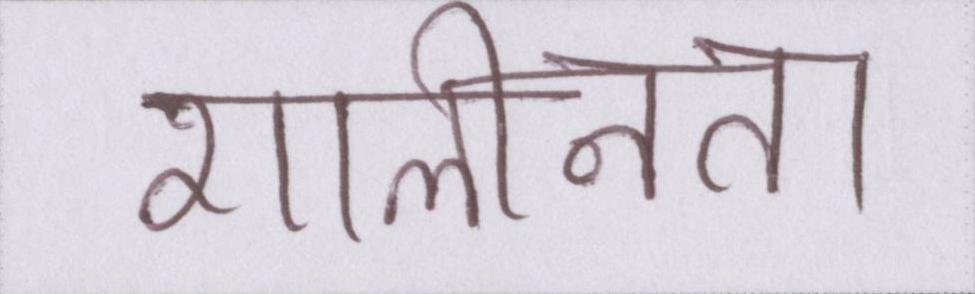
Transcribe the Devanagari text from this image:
शालीनता